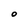
Character: O